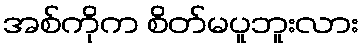
အစ်ကိုက စိတ်မပူဘူးလား